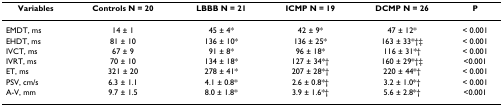
<table><thead><tr><td><b>Variables</b></td><td><b>Controls N = 20</b></td><td><b>LBBB N = 21</b></td><td><b>ICMP N = 19</b></td><td><b>DCMP N = 26</b></td><td><b>P</b></td></tr></thead><tbody><tr><td>EMDT, ms</td><td>14 ± 1</td><td>45 ± 4*</td><td>42 ± 9*</td><td>47 ± 12*</td><td>&lt; 0.001</td></tr><tr><td>EHDT, ms</td><td>81 ± 10</td><td>136 ± 10*</td><td>136 ± 25*</td><td>163 ± 33*†‡</td><td>&lt; 0.001</td></tr><tr><td>IVCT, ms</td><td>67 ± 9</td><td>91 ± 8*</td><td>96 ± 18*</td><td>116 ± 31*†</td><td>&lt; 0.001</td></tr><tr><td>IVRT, ms</td><td>70 ± 10</td><td>134 ± 18*</td><td>127 ± 34*†</td><td>160 ± 29*†‡</td><td>&lt;0.001</td></tr><tr><td>ET, ms</td><td>321 ± 20</td><td>278 ± 41*</td><td>207 ± 28*†</td><td>220 ± 44*†</td><td>&lt; 0.001</td></tr><tr><td>PSV, cm/s</td><td>6.3 ± 1.1</td><td>4.1 ± 0.8*</td><td>2.6 ± 0.8*†</td><td>3.2 ± 1.0*†</td><td>&lt; 0.001</td></tr><tr><td>A-V, mm</td><td>9.7 ± 1.5</td><td>8.0 ± 1.8*</td><td>3.9 ± 1.6*†</td><td>5.6 ± 2.8*†</td><td>&lt;0.001</td></tr></tbody></table>